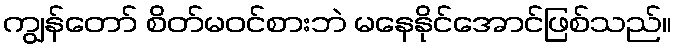
ကျွန်တော် စိတ်မဝင်စားဘဲ မနေနိုင်အောင်ဖြစ်သည်။